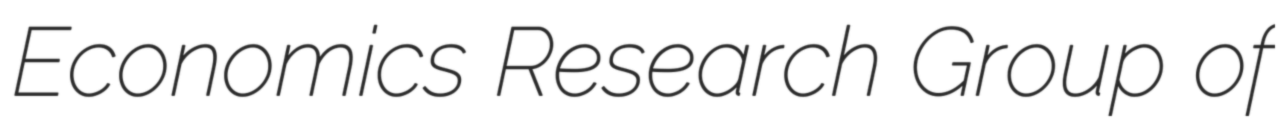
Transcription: Economics Research Group of